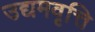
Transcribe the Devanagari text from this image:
उद्यमवृत्ति